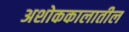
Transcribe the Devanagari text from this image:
अशोककालातील